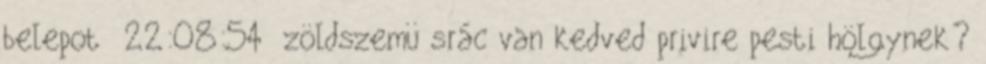
belepot 22:08:54 zöldszemü srác van kedved privire pesti hölgynek?